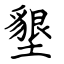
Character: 墾